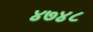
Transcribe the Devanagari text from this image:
४७४८